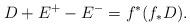
LaTeX: \begin{align*}D + E^+ - E^- = f^*(f_*D).\end{align*}